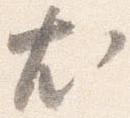
尤